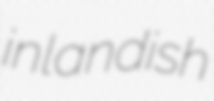
inlandish